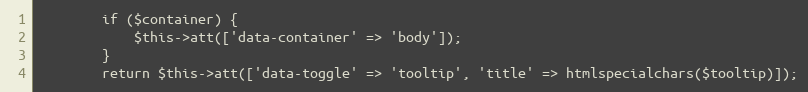
Language: PHP
        if ($container) {
            $this->att(['data-container' => 'body']);
        }
        return $this->att(['data-toggle' => 'tooltip', 'title' => htmlspecialchars($tooltip)]);